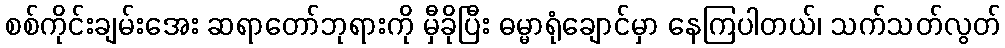
စစ်ကိုင်းချမ်းအေး ဆရာတော်ဘုရားကို မှီခိုပြီး ဓမ္မာရုံချောင်မှာ နေကြပါတယ်၊ သက်သတ်လွတ်